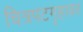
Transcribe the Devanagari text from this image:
चित्रपटगृहावर